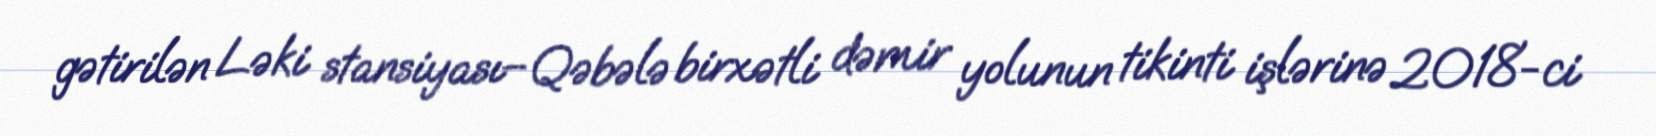
gətirilən Ləki stansiyası–Qəbələ birxətli dəmir yolunun tikinti işlərinə 2018-ci